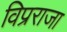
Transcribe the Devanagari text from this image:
विप्रराजा